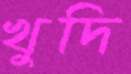
খুদি